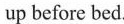
up before bed.